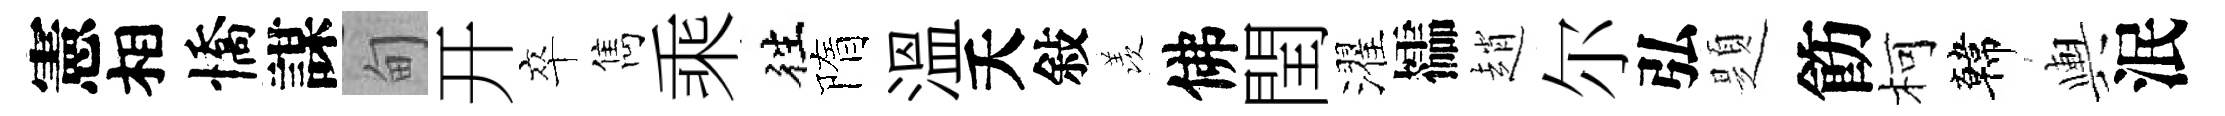
憲相憍謀甸开卒雋乘徃隋温夭敍羡佛閏濯櫺趙尔弘題飭柯韓輿泯